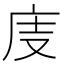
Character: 𢇽